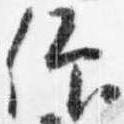
仰